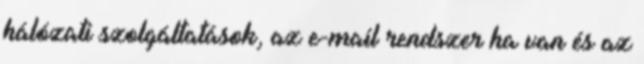
hálózati szolgáltatások, az e-mail rendszer ha van és az